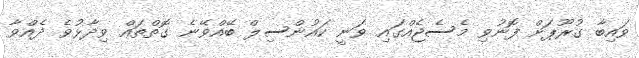
ވައިބާ ގުރޫޕަށް ފޮނުވި މެސެޖެއްގައި ވަނީ ކައުންސިލް ބޭއްވޭނެ ގޮތްތައް ވިދާޅުވެ ދެއްވާ